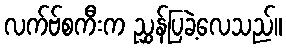
လက်ဗ်စကီးက ညွှန်ပြခဲ့လေသည်။